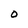
Character: O